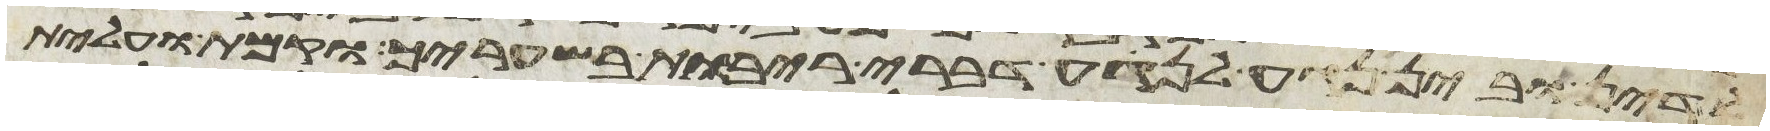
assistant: לדין ובין נגע לנגע דברי ריבות בשעריך וקמת ועלית